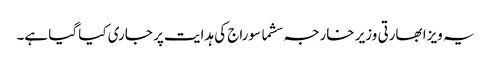
یہ ویزا بھارتی وزیر خارجہ سشما سوراج کی ہدایت پر جاری کیا گیا ہے۔